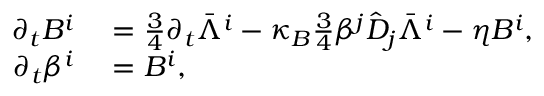
\begin{array} { r l } { \partial _ { t } B ^ { i } } & { { } = \frac { 3 } { 4 } \partial _ { t } \bar { \Lambda } ^ { i } - \kappa _ { B } \frac { 3 } { 4 } \beta ^ { j } \hat { D } _ { j } \bar { \Lambda } ^ { i } - \eta B ^ { i } , } \\ { \partial _ { t } \beta ^ { i } } & { { } = B ^ { i } , } \end{array}